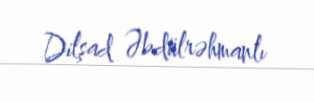
Dilşad Əbdülrəhmanlı